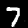
Digit: 7